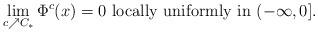
LaTeX: \begin{align*}\lim_{c\nearrow C_*}\Phi^c(x)=0 \mbox{ locally uniformly in } (-\infty, 0].\end{align*}